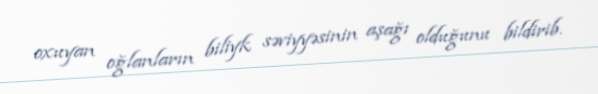
oxuyan oğlanların biliyk səviyyəsinin aşağı olduğunu bildirib.